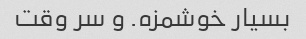
بسیار خوشمزه. و سر وقت